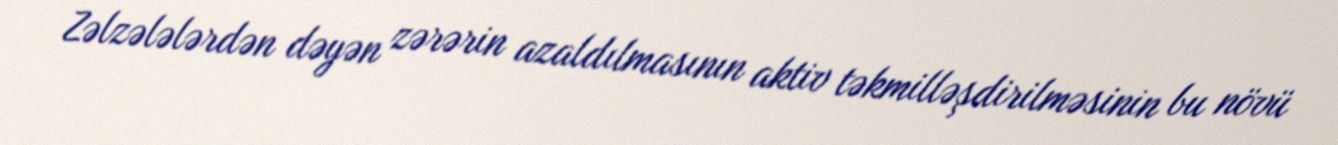
Zəlzələlərdən dəyən zərərin azaldılmasının aktiv təkmilləşdirilməsinin bu növü